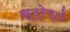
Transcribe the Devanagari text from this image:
स्ट्रेप्टो